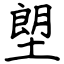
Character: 塱